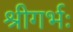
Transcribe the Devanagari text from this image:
श्रीगर्भः